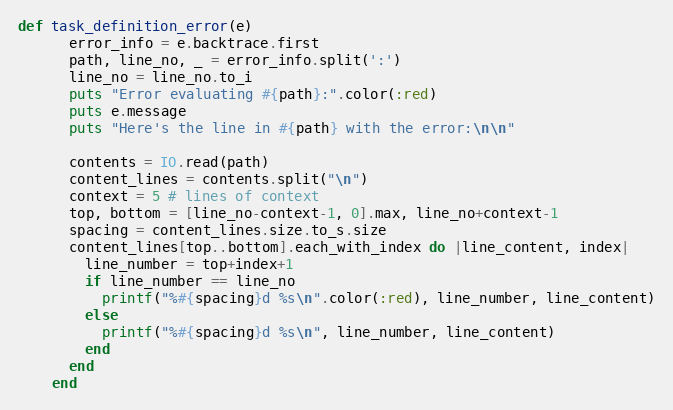
Language: Ruby
def task_definition_error(e)
      error_info = e.backtrace.first
      path, line_no, _ = error_info.split(':')
      line_no = line_no.to_i
      puts "Error evaluating #{path}:".color(:red)
      puts e.message
      puts "Here's the line in #{path} with the error:\n\n"

      contents = IO.read(path)
      content_lines = contents.split("\n")
      context = 5 # lines of context
      top, bottom = [line_no-context-1, 0].max, line_no+context-1
      spacing = content_lines.size.to_s.size
      content_lines[top..bottom].each_with_index do |line_content, index|
        line_number = top+index+1
        if line_number == line_no
          printf("%#{spacing}d %s\n".color(:red), line_number, line_content)
        else
          printf("%#{spacing}d %s\n", line_number, line_content)
        end
      end
    end